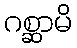
ဂစ္ဆာမိ